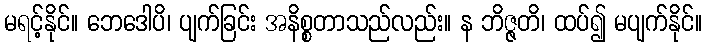
မရင့်နိုင်။ ဘေဒေါပိ၊ ပျက်ခြင်း အနိစ္စတာသည်လည်း။ န ဘိဇ္ဇတိ၊ ထပ်၍ မပျက်နိုင်။